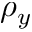
\rho _ { y }